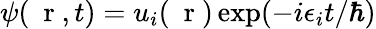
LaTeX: \psi(\mathrm{~\mathbf~r~},t)=u_{i}(\mathrm{~\mathbf~r~})\exp(-i\epsilon_{i}t/\hbar)